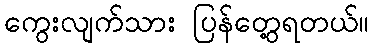
ကွေးလျက်သား ပြန်တွေ့ရတယ်။